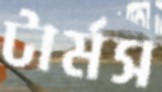
টার্মস